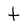
Character: t